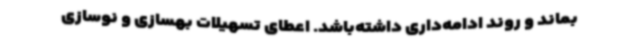
بماند و روند ادامه‌داری داشته‌باشد. اعطای تسهیلات بهسازی و نوسازی